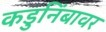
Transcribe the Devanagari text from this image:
कडुनिंबावर